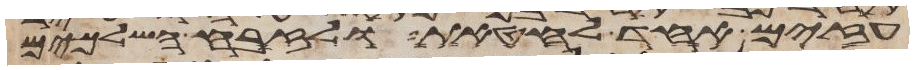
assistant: עזים אחד לחטאת ולזבח השלמים